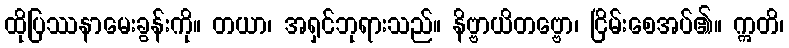
ထိုပြဿနာမေးခွန်းကို။ တယာ၊ အရှင်ဘုရားသည်။ နိဗ္ဗာယိတဗ္ဗော၊ ငြိမ်းစေအပ်၏။ ဣတိ၊